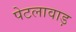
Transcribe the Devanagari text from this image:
पेटलावाड़